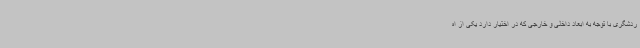
ردشگری با توجه به ابعاد داخلی و خارجی که در اختیار دارد یکی از اه